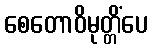
စေတောဝိမုတ္တိံပေ